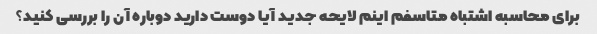
برای محاسبه اشتباه متاسفم اینم لایحه جدید آیا دوست دارید دوباره آن را بررسی کنید؟